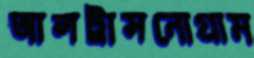
আলট্রাসনোগ্রাম